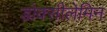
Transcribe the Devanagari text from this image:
डोक्सीलेमिन